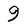
Character: 9